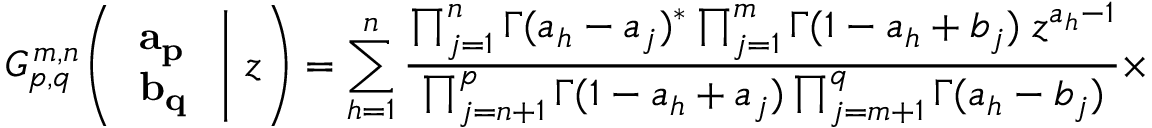
G _ { p , q } ^ { \, m , n } \! \left( \left. { \begin{array} { l } { \mathbf { a _ { p } } } \\ { \mathbf { b _ { q } } } \end{array} } \; \right| \, z \right) = \sum _ { h = 1 } ^ { n } { \frac { \prod _ { j = 1 } ^ { n } \Gamma ( a _ { h } - a _ { j } ) ^ { * } \prod _ { j = 1 } ^ { m } \Gamma ( 1 - a _ { h } + b _ { j } ) \; z ^ { a _ { h } - 1 } } { \prod _ { j = n + 1 } ^ { p } \Gamma ( 1 - a _ { h } + a _ { j } ) \prod _ { j = m + 1 } ^ { q } \Gamma ( a _ { h } - b _ { j } ) } } \times